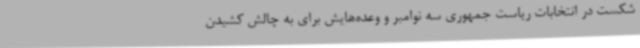
شکست در انتخابات ریاست جمهوری سه نوامبر و وعده‌هایش برای به چالش کشیدن